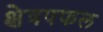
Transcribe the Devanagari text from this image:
क्षेत्रपफल